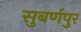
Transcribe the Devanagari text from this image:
सुबर्णपुर